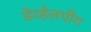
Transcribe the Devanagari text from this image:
डेव्हेलपींग